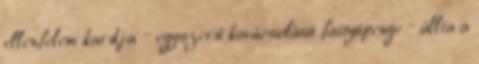
ellenfelem kardja – egyszerű kovácsolású fattyúpenge – állta a